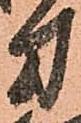
方